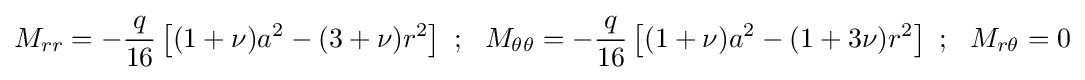
M_{rr}=-{\frac {q}{16}}\left[(1+\nu )a^{2}-(3+\nu )r^{2}\right]~;~~M_{\theta \theta }=-{\frac {q}{16}}\left[(1+\nu )a^{2}-(1+3\nu )r^{2}\right]~;~~M_{r\theta }=0